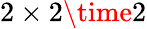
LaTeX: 2\times 2\time 2